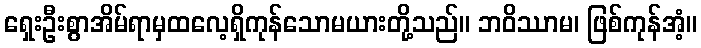
ရှေးဦးစွာအိမ်ရာမှထလေ့ရှိကုန်သောမယားတို့သည်။ ဘဝိဿာမ၊ ဖြစ်ကုန်အံ့။